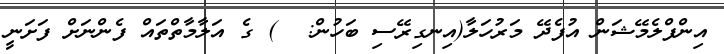
އިންފްލެމޭޝަން އުފެދޭ މަރުހަލާ(އިނގިރޭސި ބަހުން:  ) ގެ އަލާމާތްތައް ފެންނަށް ފަށަނީ